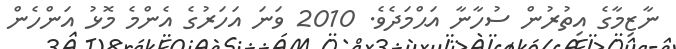
ނާޒިމާގެ އިތުރުން ސުހާނާ އަޙްމަދެވެ. 2010 ވަނަ އަހަރުގެ އެންމެ މޮޅު އަންހެން